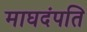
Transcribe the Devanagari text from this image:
माघदंपति